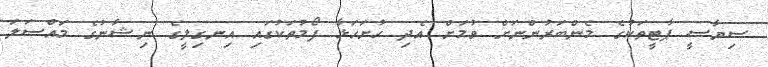
ސިޔާސީ ޕާޓީތަކުގެ މެންބަރުންނަށް ވުމަށް އެދި ހުށަހަޅާ ފޯމުތަކުގައި އިނގިލީގެ ނިޝާނުގެ މައްސަލަ